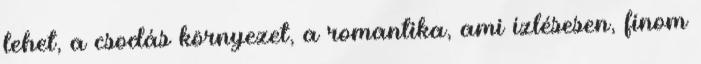
lehet, a csodás környezet, a romantika, ami ízlésesen, finom